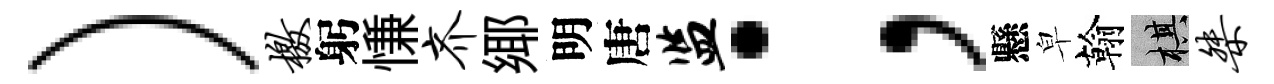
）檄躬慊齐鄊明唐监；懸皁翰棋桀